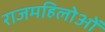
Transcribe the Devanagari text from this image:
राजमहिलोओं